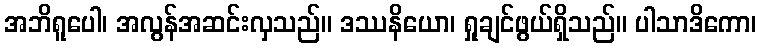
အဘိရူပေါ၊ အလွန်အဆင်းလှသည်။ ဒဿနိယော၊ ရှုချင်ဖွယ်ရှိသည်။ ပါသာဒိကော၊